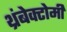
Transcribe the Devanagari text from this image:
थ्रंबेक्टोमी